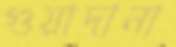
গুয়াদানা